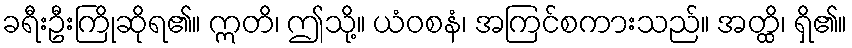
ခရီးဦးကြိုဆိုရ၏။ ဣတိ၊ ဤသို့။ ယံဝစနံ၊ အကြင်စကားသည်။ အတ္ထိ၊ ရှိ၏။